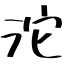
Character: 沱